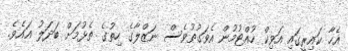
އެހާ ކައިރީގައި އަވިކް ހުއްޓުމުން އެވަގުތުވެސް ނަޒްލާގެ ހިތުގެ ތެޅުމަށް ބަދަލު އައެވެ.